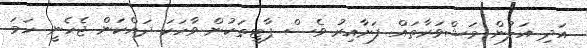
އަދި އަލުން މަޝްވަރާތައް ފަށާއިރު ވެސް ޕާޓީތަކުން ވާހަކަ ދައްކަން ޖެހެނީ ހަމަ